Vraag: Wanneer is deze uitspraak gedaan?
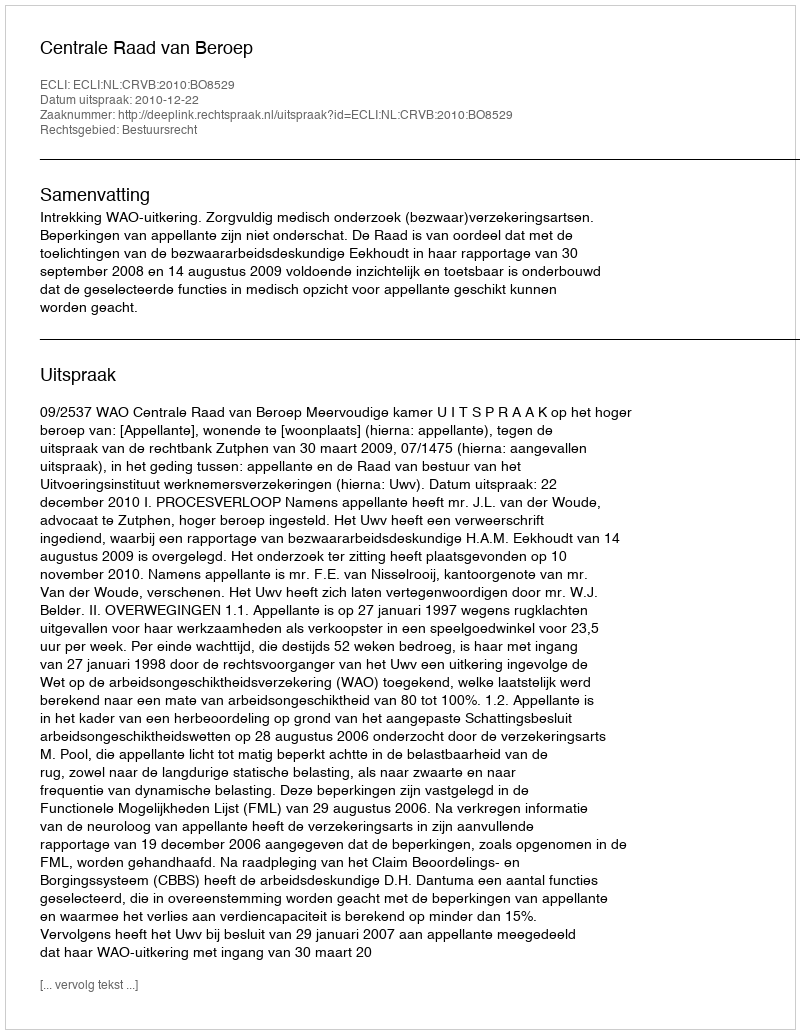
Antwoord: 2010-12-22